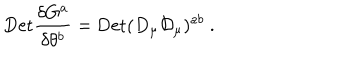
LaTeX: \mathrm { { D e t } } { \frac { \delta G ^ { a } } { \delta \theta ^ { b } } } = { \mathrm { D e t } } ( D _ { \mu } { \cal D } _ { \mu } ) ^ { a b } \ .